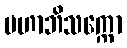
မဟာဘိသက္ကော